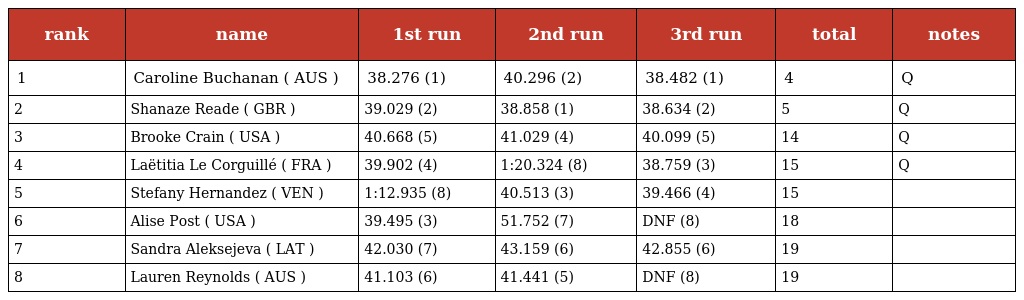
| rank | name | 1st run | 2nd run | 3rd run | total | notes |
 | --- | --- | --- | --- | --- | --- | --- |
 | 1 | Caroline Buchanan ( AUS ) | 38.276 (1) | 40.296 (2) | 38.482 (1) | 4 | Q |
 | 2 | Shanaze Reade ( GBR ) | 39.029 (2) | 38.858 (1) | 38.634 (2) | 5 | Q |
 | 3 | Brooke Crain ( USA ) | 40.668 (5) | 41.029 (4) | 40.099 (5) | 14 | Q |
 | 4 | Laëtitia Le Corguillé ( FRA ) | 39.902 (4) | 1:20.324 (8) | 38.759 (3) | 15 | Q |
 | 5 | Stefany Hernandez ( VEN ) | 1:12.935 (8) | 40.513 (3) | 39.466 (4) | 15 |  |
 | 6 | Alise Post ( USA ) | 39.495 (3) | 51.752 (7) | DNF (8) | 18 |  |
 | 7 | Sandra Aleksejeva ( LAT ) | 42.030 (7) | 43.159 (6) | 42.855 (6) | 19 |  |
 | 8 | Lauren Reynolds ( AUS ) | 41.103 (6) | 41.441 (5) | DNF (8) | 19 |  |